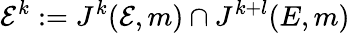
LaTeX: {\mathcal{E}}^{k}:=J^{k}({\mathcal{E}},m)\cap J^{k+l}(E,m)